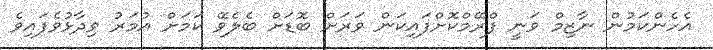
އެހެންކަމުން ނާޒިމް ވަނީ ފްރޭމްކޮށްފައިކަން ވަރަށް ބޮޑަށް ބެލެވޭ ކަމަށް އުމަރު ވިދާޅުވެފައިވެ